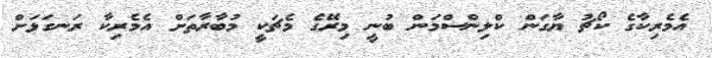
އެމެރިކާގެ ކޯޗު ޔާގަން ކްލިންސްމަން ބުނީ މިރޭގެ މެޗަކީ މުބާރާތަށް އެމެރިކާ ރަނގަޅަށް